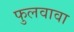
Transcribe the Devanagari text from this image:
फुलवावा